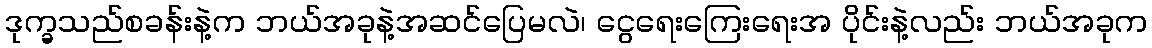
ဒုက္ခသည်စခန်းနဲ့က ဘယ်အခုနဲ့အဆင်ပြေမလဲ၊ ငွေရေးကြေးရေးအ ပိုင်းနဲ့လည်း ဘယ်အခုက